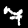
Label: 7